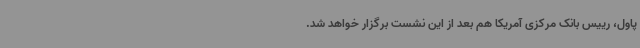
پاول، رییس بانک مرکزی آمریکا هم بعد از این نشست برگزار خواهد شد.